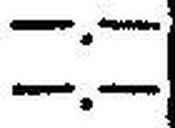
—.—